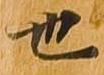
也